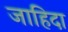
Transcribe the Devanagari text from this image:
जाहिदा